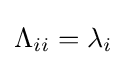
\Lambda _{ii}=\lambda _{i}